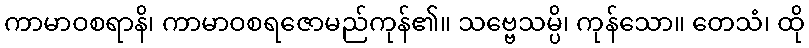
ကာမာဝစရာနိ၊ ကာမာဝစရဇောမည်ကုန်၏။ သဗ္ဗေသမ္ပိ၊ ကုန်သော။ တေသံ၊ ထို